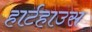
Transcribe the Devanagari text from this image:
हार्टहाउस